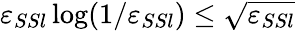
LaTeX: \varepsilon_{SSl}\log(1/\varepsilon_{SSl})\leq\sqrt{\varepsilon_{SSl}}